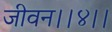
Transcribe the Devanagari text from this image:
जीवन।।४।।